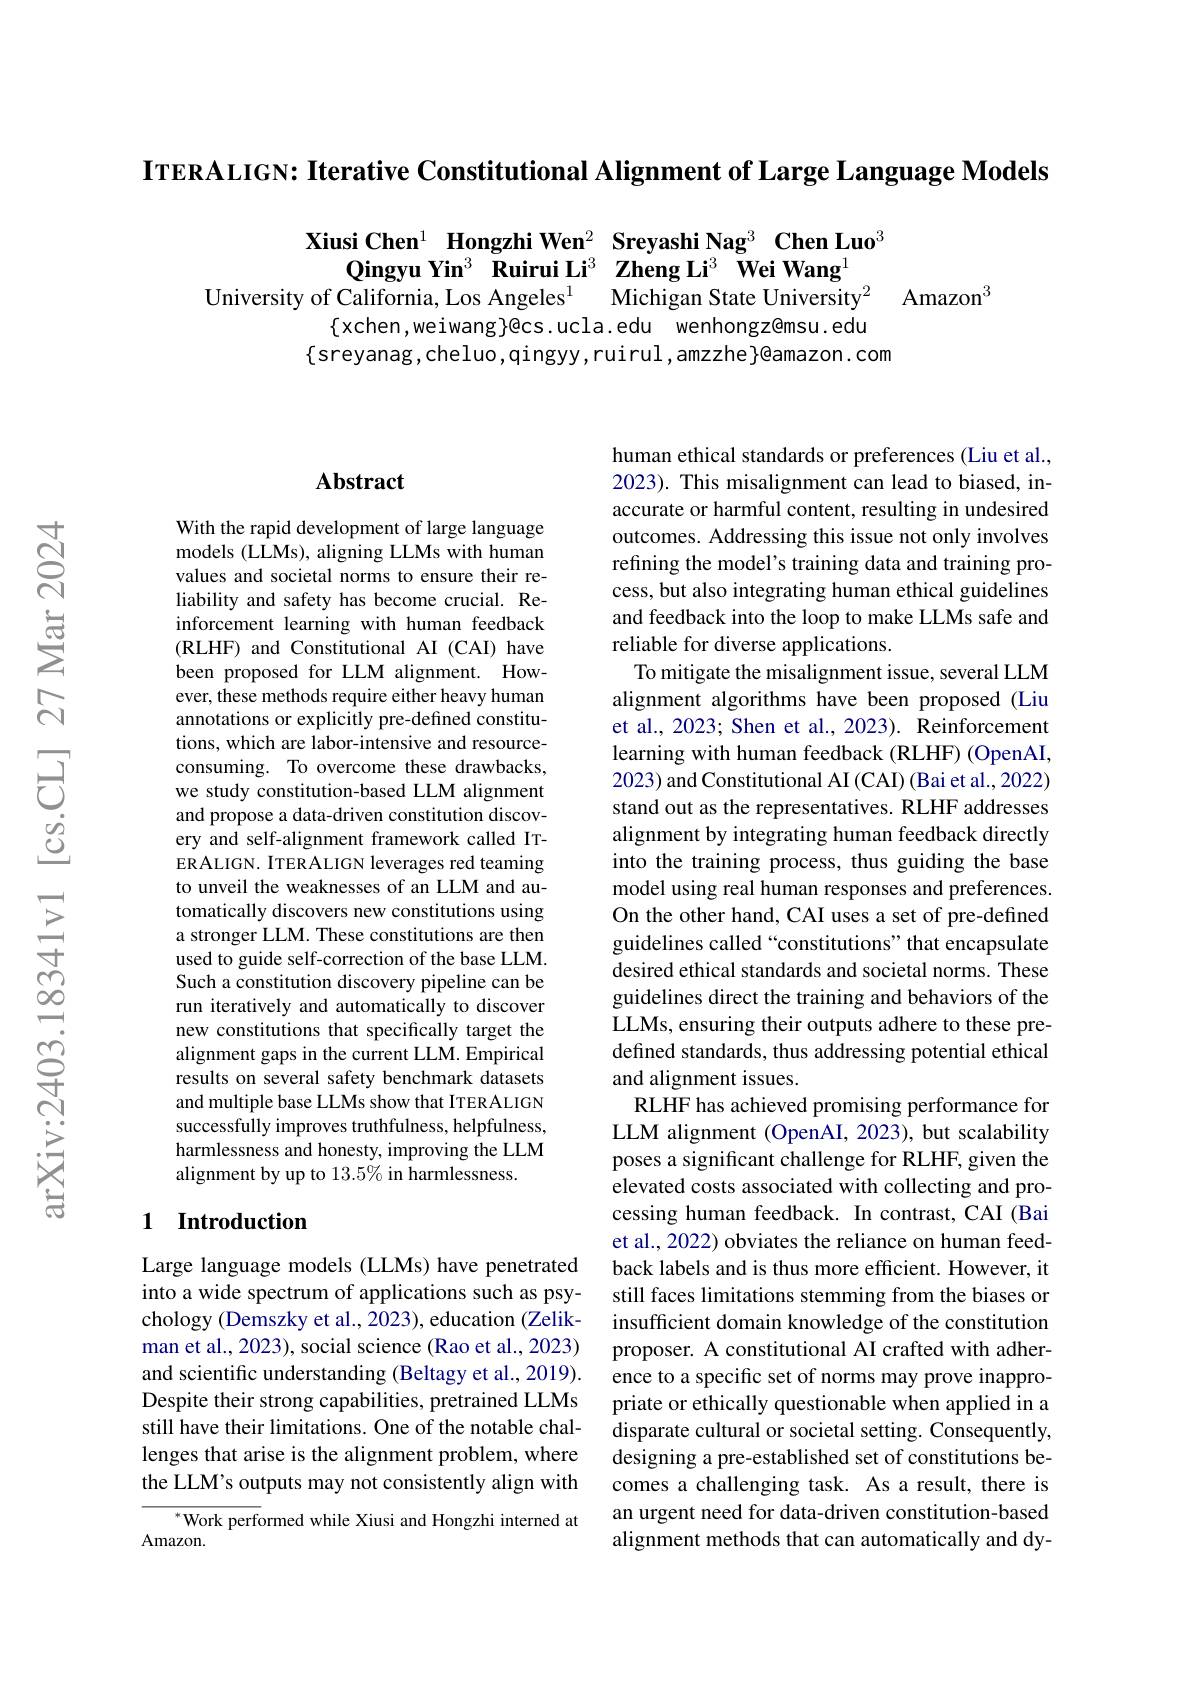
ITERALIGN: Iterative Constitutional Alignment of Large Language Models

$\begin{array}{cc}\textbf{Xiusi Chen}^1&\textbf{Hongzhi Wen}^2&\textbf{Sreyashi Nag}^3\textbf{ Chen Luo}^3\\\textbf{Qingyu Yin}^3&\textbf{Ruirui Li}^3&\textbf{Zheng Li}^3\textbf{ Wei Wang}^1\end{array}$
University of California, Los Angeles$^1$
Michigan State University$^{2}$ $\mathrm{Amazon}^{3}$
$\{$xchen,weiwang}@cs.ucla.edu wenhongz@msu.edu
$\{$sreyanag,cheluo,qingyy,ruirul,amzzhe$\}$@amazon.com

### Abstract

With the rapid development of large language models (LLMs), aligning LLMs with human values and societal norms to ensure their reliability and safety has become crucial. Reinforcement learning with human feedback (RLHF) and Constitutional AI (CAI) have been proposed for LLM alignment. However, these methods require either heavy human annotations or explicitly pre-defined constitutions, which are labor-intensive and resourceconsuming. To overcome these drawbacks, we study constitution-based LLM alignment and propose a data-driven constitution discovery and self-alignment framework called ITERALIGN. ITERALIGN leverages red teaming to unveil the weaknesses of an LLM and automatically discovers new constitutions using a stronger LLM. These constitutions are then used to guide self-correction of the base LLM. Such a constitution discovery pipeline can be run iteratively and automatically to discover new constitutions that specifically target the alignment gaps in the current LLM. Empirical results on several safety benchmark datasets and multiple base LLMs show that ITERALIGN successfully improves truthfulness, helpfulness, harmlessness and honesty, improving the LLM alignment by up to 13.5% in harmlessness.

## 1 Introduction

Large language models (LLMs) have penetrated into a wide spectrum of applications such as psychology (Demszky et al., 2023), education (Zelikman et al., 2023), social science (Rao et al., 2023) and scientific understanding (Beltagy et al., 2019). Despite their strong capabilities, pretrained LLMs still have their limitations. One of the notable challenges that arise is the alignment problem, where the LLM's outputs may not consistently align with
$^{*}$Work performed while Xiusi and Hongzhi interned at

Amazon.

human ethical standards or preferences (Liu et al., 2023). This misalignment can lead to biased, inaccurate or harmful content, resulting in undesired outcomes. Addressing this issue not only involves refining the model's training data and training process, but also integrating human ethical guidelines and feedback into the loop to make LLMs safe and reliable for diverse applications.
To mitigate the misalignment issue, several LLM alignment algorithms have been proposed (Liu et al., 2023; Shen et al., 2023). Reinforcement learning with human feedback (RLHF) (OpenAI, 2023) and Constitutional AI (CAI) (Bai et al., 2022) stand out as the representatives. RLHF addresses alignment by integrating human feedback directly into the training process, thus guiding the base model using real human responses and preferences On the other hand, CAI uses a set of pre-defined guidelines called “constitutions” that encapsulate desired ethical standards and societal norms. These guidelines direct the training and behaviors of the LLMs, ensuring their outputs adhere to these predefined standards, thus addressing potential ethical and alignment issues.
RLHF has achieved promising performance for LLM alignment (OpenAI, 2023), but scalability poses a significant challenge for RLHF, given the elevated costs associated with collecting and processing human feedback. In contrast, CAI (Bai et al., 2022) obviates the reliance on human feedback labels and is thus more efficient. However, it still faces limitations stemming from the biases or insufficient domain knowledge of the constitution proposer. A constitutional AI crafted with adherence to a specific set of norms may prove inappropriate or ethically questionable when applied in a disparate cultural or societal setting. Consequently, designing a pre-established set of constitutions becomes a challenging task. As a result, there is an urgent need for data-driven constitution-based alignment methods that can automatically and dy-